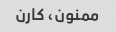
ممنون، کارن